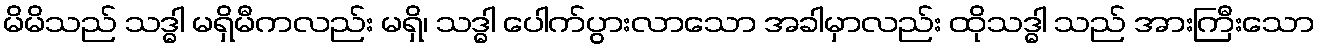
မိမိသည် သဒ္ဓါ မရှိမီကလည်း မရှိ၊ သဒ္ဓါ ပေါက်ပွားလာသော အခါမှာလည်း ထိုသဒ္ဓါ သည် အားကြီးသော